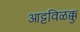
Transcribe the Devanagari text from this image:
आट्टविळक्कु